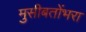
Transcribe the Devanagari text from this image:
मुसीबतोंभरा